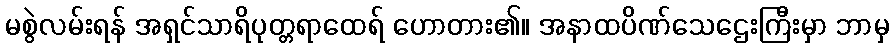
မစွဲလမ်းရန် အရှင်သာရိပုတ္တရာထေရ် ဟောတား၏။ အနာထပိဏ်သေဌေးကြီးမှာ ဘာမှ